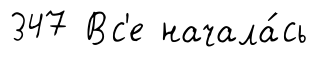
347 Вс'е начала́сь